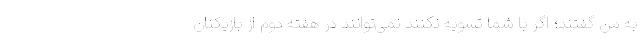
به من گفتند؛ اگر با شما تسویه نکنند نمی‌توانند در هفته دوم از بازیکنان